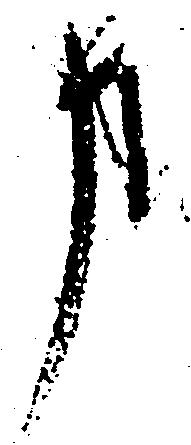
事